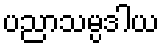
ပညာသမ္ပဒါယ